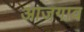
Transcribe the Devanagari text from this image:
आजगाव